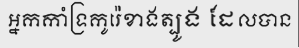
អ្នកកាំទ្រកូរ៉េខាងត្បូង ដែលបាន